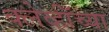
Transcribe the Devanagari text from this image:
क्लेर्व्हॉच्या